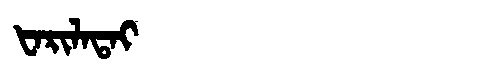
Manchu: ᡶᠠᡵᡳᠯᠠᡨᠠᡳ
Romanization: FARILATAI